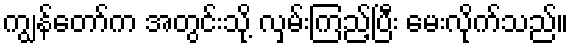
ကျွန်တော်က အတွင်းသို့ လှမ်းကြည့်ပြီး မေးလိုက်သည်။